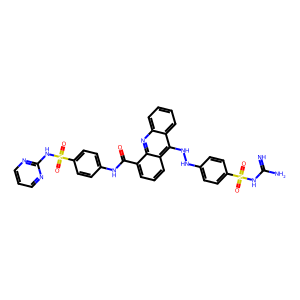
SMILES: N=C(N)NS(=O)(=O)c1ccc(NNc2c3ccccc3nc3c(C(=O)Nc4ccc(S(=O)(=O)Nc5ncccn5)cc4)cccc23)cc1
Inhibits HIV replication: No